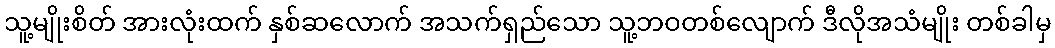
သူ့မျိုးစိတ် အားလုံးထက် နှစ်ဆလောက် အသက်ရှည်သော သူ့ဘဝတစ်လျောက် ဒီလိုအသံမျိုး တစ်ခါမှ